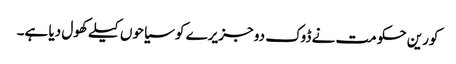
کورین حکومت نے ڈوک دو جزیرے کو سیاحوں کیلے کھول دیا ہے۔